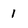
Character: 1